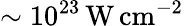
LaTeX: \sim 10^{23}\, \mathrm{W\, cm}^{-2}